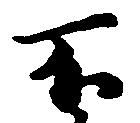
不